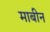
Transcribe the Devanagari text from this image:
माबीन